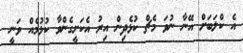
އެ ކްލަބަށް އޭނާ ނުވަ މެޗް ކުޅެދިން އިރު އެކަށީގެންވާ ކުޅުމެއް ވަނީ